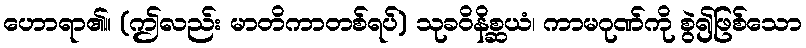
ဟောရာ၏။ (ဤလည်း မာတိကာတစ်ရပ်) သုခဝိနိစ္ဆယံ၊ ကာမဂုဏ်ကို စွဲ၍ဖြစ်သော